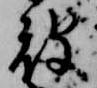
被